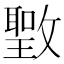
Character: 𰕖